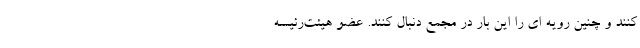
کنند و چنین رویه ای را این بار در مجمع دنبال کنند. عضو هیئت‌رئیسه